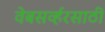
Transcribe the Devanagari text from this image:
वेबसर्व्हरसाठी